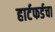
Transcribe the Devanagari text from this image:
हार्टफर्डचा